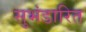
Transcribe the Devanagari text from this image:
सुभंडारित